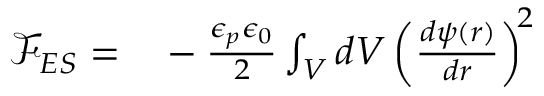
\begin{array} { r l } { \mathcal { F } _ { E S } = } & { { } - \frac { \epsilon _ { p } \epsilon _ { 0 } } { 2 } \int _ { V } d V \left( \frac { d \psi ( r ) } { d r } \right) ^ { \! 2 } } \end{array}